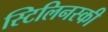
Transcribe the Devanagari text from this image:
स्टिलिनस्की